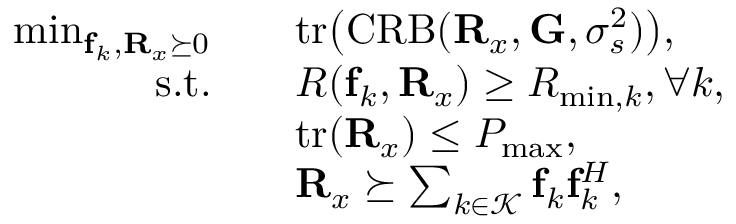
\begin{array} { r l } { \operatorname* { m i n } _ { \mathbf { f } _ { k } , \mathbf { R } _ { x } \succeq 0 } \quad } & { \mathrm { t r } \big ( \mathrm { C R B } ( \mathbf { R } _ { x } , \mathbf { G } , \sigma _ { s } ^ { 2 } ) \big ) , } \\ { \mathrm { s . t . } \quad } & { R ( \mathbf { f } _ { k } , \mathbf { R } _ { x } ) \ge R _ { \operatorname* { m i n } , k } , \forall k , } \\ & { \mathrm { t r } ( \mathbf { R } _ { x } ) \le P _ { \operatorname* { m a x } } , } \\ & { \mathbf { R } _ { x } \succeq \sum _ { k \in \mathcal { K } } \mathbf { f } _ { k } \mathbf { f } _ { k } ^ { H } , } \end{array}